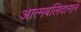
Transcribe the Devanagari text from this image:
आत्मबलिदानाने